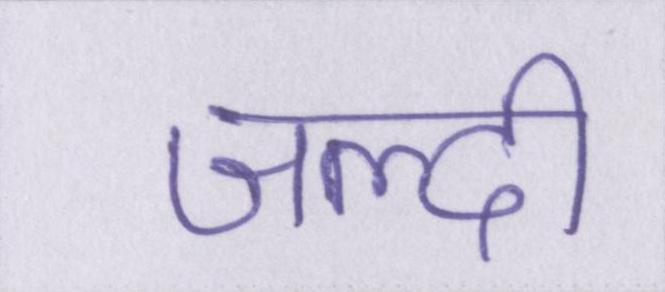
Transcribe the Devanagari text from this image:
जल्दी